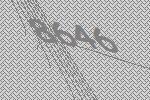
8646